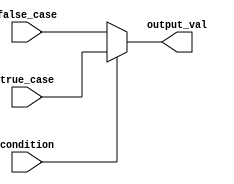
module ConditionalOperatorAssignment (
    input wire condition,        // Single-bit condition input
    input wire [7:0] true_case, // 8-bit value for the true case
    input wire [7:0] false_case, // 8-bit value for the false case
    output reg [7:0] output_val  // 8-bit output value
);

// Always block for behavioral modeling
always @(*) begin
    // Conditional assignment using the ternary operator
    output_val = condition ? true_case : false_case;
end

endmodule